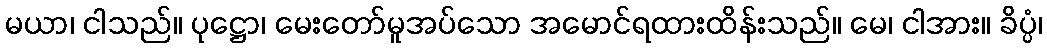
မယာ၊ ငါသည်။ ပုဋ္ဌော၊ မေးတော်မူအပ်သော အမောင်ရထားထိန်းသည်။ မေ၊ ငါအား။ ခိပ္ပံ၊